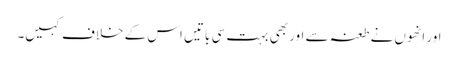
اور انھوں نے طعنہ سے اور بھی بہت سی باتیں اس کے خلاف کہیں۔